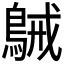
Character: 𪁫